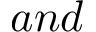
a n d